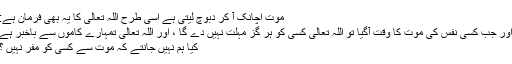
موت اچانک آ کر دبوچ لیتی ہے اسی طرح اللہ تعالی کا یہ بھی فرمان ہے:
اور جب کسی نفس کی موت کا وقت آگیا تو اللہ تعالی کسی کو ہر گز مہلت نہیں دے گا ، اور اللہ تعالی تمہارے کاموں سے باخبر ہے
کیا ہم نہیں جانتے کہ موت سے کسی کو مفر نہیں ؟